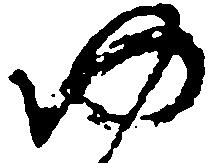
ゆ